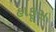
હાફૂસ